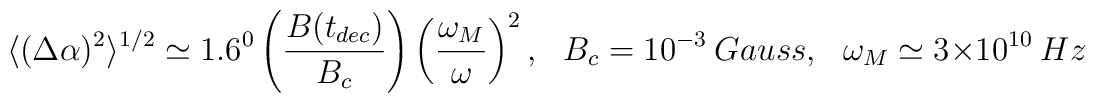
\langle(\Delta\alpha)^2 \rangle^{1/2} \simeq 1.6^{0} \left(\frac{B(t_{dec})}{B_{c}} \right)\left(\frac{\omega_{M}}{\omega}\right)^2,~~~B_{c} =10^{-3}~Gauss,~~~\omega_{M} \simeq  3\times10^{10}~Hz